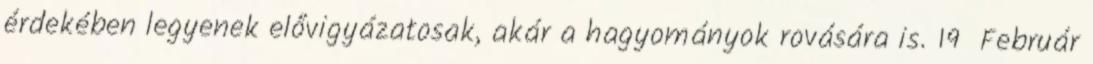
érdekében legyenek elővigyázatosak, akár a hagyományok rovására is. 19 Február